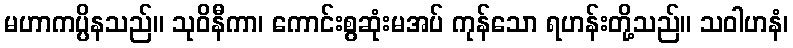
မဟာကပ္ပိနသည်။ သုဝိနီကာ၊ ကောင်းစွဆုံးမအပ် ကုန်သော ရဟန်းတို့သည်။ သဝါဟနံ၊